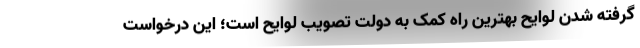
گرفته شدن لوایح بهترین راه کمک به دولت تصویب لوایح است؛ این درخواست